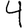
Digit: 4